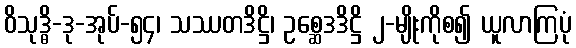
ဝိသုဒ္ဓိ-ဒု-အုပ်-၅၄၊ သဿတဒိဋ္ဌိ၊ ဥစ္ဆေဒဒိဋ္ဌိ ၂-မျိုးကိုစ၍ ယူလာကြပုံ